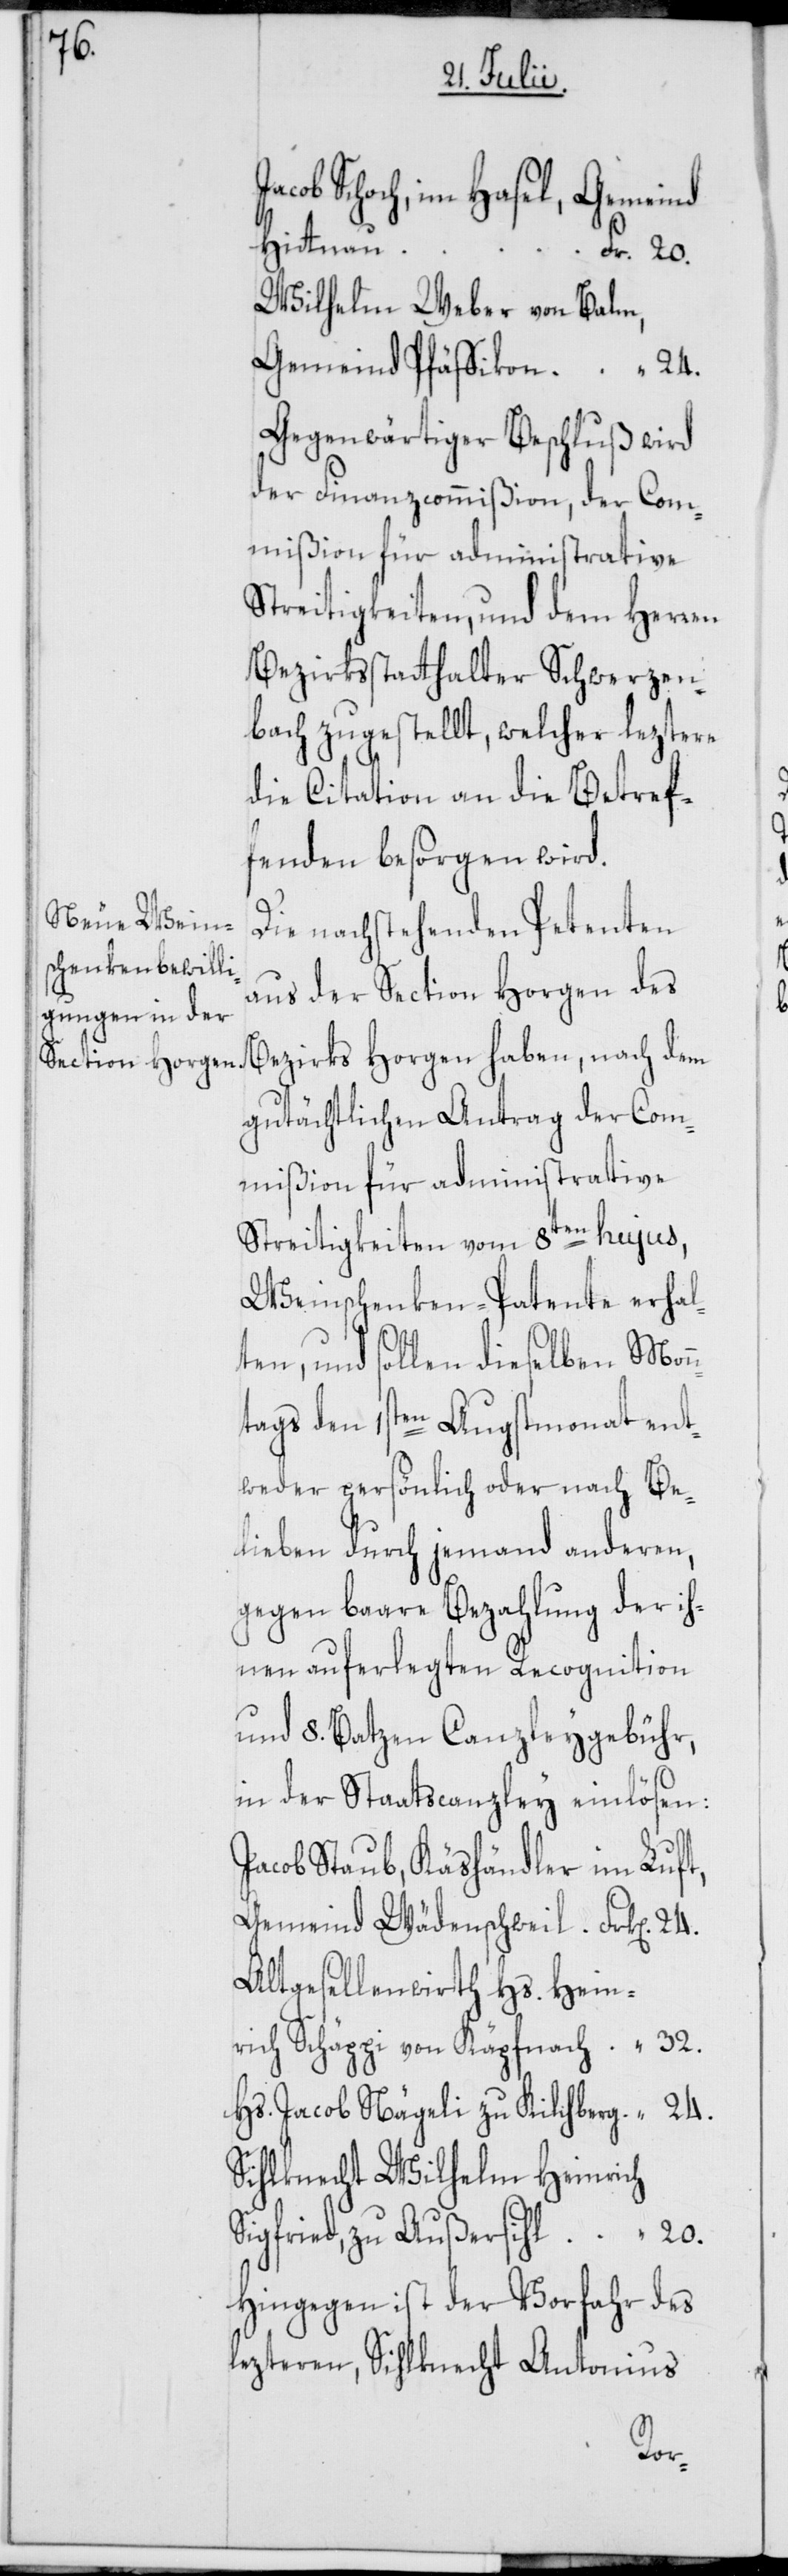
cob Schoch, im Hasel, Gemeind
Hittnau
Fr. 20.
Wilhelm Weber von Balm,
Gemeind Pfäffikon “ 24.
Gegenwärtiger Beschluß wird
der Finanzcommißion, der Com¬
mißion für administrative
Streitigkeiten, und dem Herren
Bezirksstatthalter Schwerzen¬
bach zugestellt, welcher leztere
die Citation an die Betref¬
fenden besorgen wird.
Die nachstehenden Petenten
aus der Section Horgen des
Bezirks Horgen haben, nach dem
gutächtlichen Antrag der Com¬
mißion für administrative
Streitigkeiten vom 8ten hujus,
Weinschenken-Patente erhal¬
ten, und sollen dieselben Monn¬
tags den 1sten Augstmonat ent¬
weder persönlich oder nach Be¬
lieben durch jemand anderen,
gegen baare Bezahlung der ih¬
nen auferlegten Recognition
und 8. Batzen Canzleygebühr,
in der Staatscanzley einlösen:
Jacob Staub, Käshändler im Luft,
Gemeind Wädenschweil. Frk[en].
Altgesellenwirth Hs. Hein¬
rich Schäppi von Käpfnach. “ 32.
Hs. Jacob Nägeli zu Kilchberg. “ 24.
Sihlknecht Wilhelm Heinrich
Sigfried, zu Außersihl “ 20.
Hingegen ist der Vorfahr des
lezteren, Sihlknecht Antonius
Ja¬